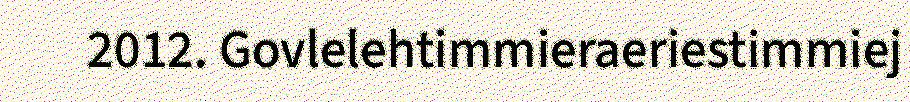
2012. Govlelehtimmieraeriestimmiej